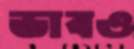
ভাবও